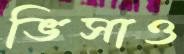
ভিসাও